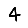
Digit: 4